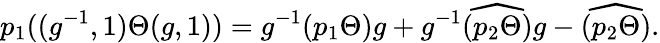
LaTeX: p_{1}((g^{-1},1)\Theta(g,1))=g^{-1}(p_{1}\Theta)g+g^{-1}\widehat{(p_{2}\Theta)}g-\widehat{(p_{2}\Theta)}.